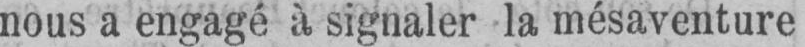
nous a engagé à signaler la mésaventure